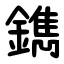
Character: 鐫